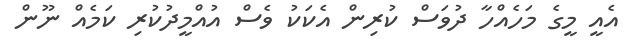
އެއީ މީގެ މަހެއްހާ ދުވަސް ކުރިން އެކަކު ވެސް އުއްމީދުކުރި ކަމެއް ނޫން